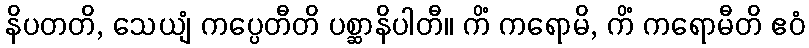
နိပတတိ, သေယျံ ကပ္ပေတီတိ ပစ္ဆာနိပါတီ။ ကိံ ကရောမိ, ကိံ ကရောမီတိ ဧဝံ